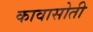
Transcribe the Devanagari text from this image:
कावासोती